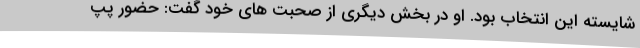
شایسته این انتخاب بود. او در بخش دیگری از صحبت های خود گفت: حضور پپ